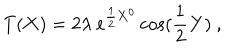
T ( { \bf X } ) = 2 \lambda ~ e ^ { { \frac { 1 } { 2 } } { \bf X } ^ { 0 } } \cos ( { \frac { 1 } { 2 } } { \bf Y } ) ~ ,